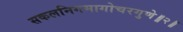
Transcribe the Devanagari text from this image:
सकलनिगमागोचरगुणे॥२॥